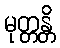
မုတ္တန္တိ